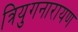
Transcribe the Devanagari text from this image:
त्रियुगनारायण